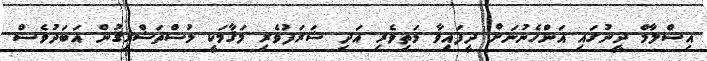
އިސްލާމް ދީނުގައި އަންހެނުނަށް ދީފައިވާ މަތިވެރި އަދި ޝަރަފުވެރި މަޤާމަކީ މުސްތަޝްރިޤުން އަބަދުވެސް